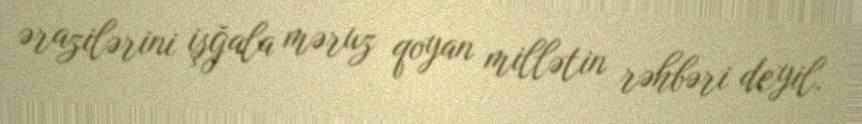
ərazilərini işğala məruz qoyan millətin rəhbəri deyil.